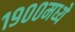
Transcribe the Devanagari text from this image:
१९००मध्ये